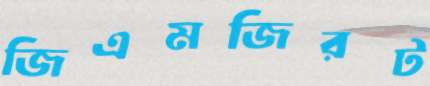
জিএমজিরট